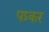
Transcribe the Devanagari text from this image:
पप्र्कर